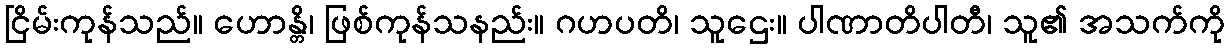
ငြိမ်းကုန်သည်။ ဟောန္တိ၊ ဖြစ်ကုန်သနည်း။ ဂဟပတိ၊ သူဌေး။ ပါဏာတိပါတီ၊ သူ၏ အသက်ကို